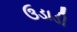
ઉડાડી